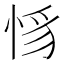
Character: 𢚵